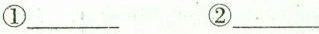
①___②___